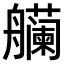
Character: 𫇡